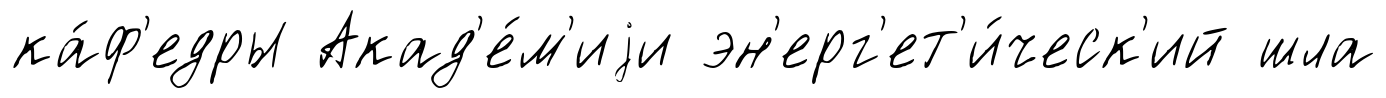
ка́ф'едры Акад'е́м'иjи эн'ерг'ет'и́ческ'ий шла